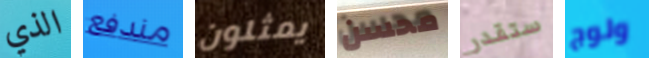
الذي مندفع يمثلون محسن ستقدر ولوج